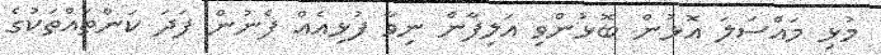
މުޅި މައްސަލަ އޮޅުން ބޮޅުންވި އަލިފާން ނިވާ ފުޅިއެއް ފެނުން ފަދަ ކަންތައްތަކުގެ